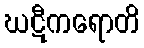
ဃဋီကရောတိ